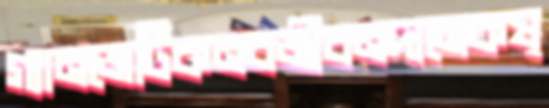
গ্যানজেটিকনবজীবনদানেকষ্